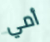
أمي